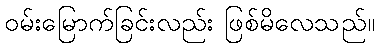
ဝမ်းမြောက်ခြင်းလည်း ဖြစ်မိလေသည်။